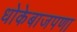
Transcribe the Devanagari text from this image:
धोकेबाजपणा